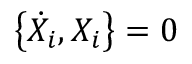
\left\{ \dot { X } _ { i } , X _ { i } \right\} = 0